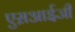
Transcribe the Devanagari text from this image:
एस़आई़जी